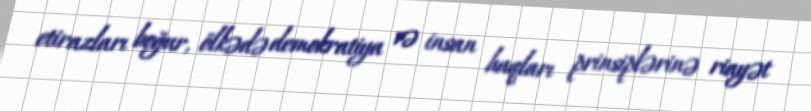
etirazları boğur, ölkədə demokratiya və insan haqları prinsiplərinə riayət